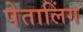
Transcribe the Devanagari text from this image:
पेतालिंग